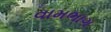
વામભાગ